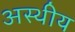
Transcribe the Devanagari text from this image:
अस्थीय